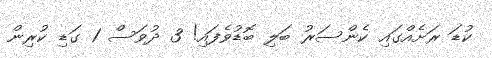
ކުޑަ ރަށެއްގައި ކެންސަރު ބަލި ބޮޑުވެފައި! 3 ދުވަސް 1 ގަޑި ކުރިން